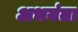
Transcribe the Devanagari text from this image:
अभयंता